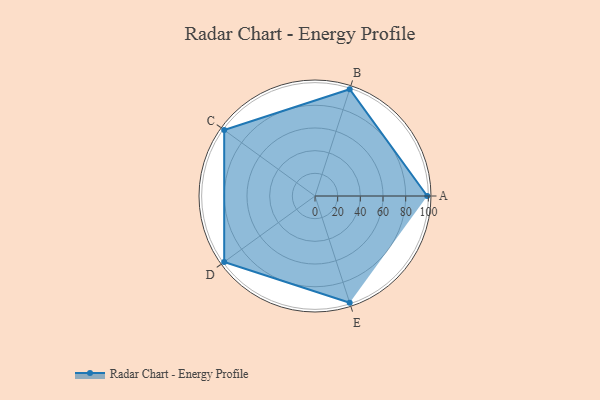
{"axis": {"x": "Skill", "y": "Score"}, "legend": ["Profile"], "data": [{"x": "A", "y": 99, "type": "Profile"}, {"x": "B", "y": 99, "type": "Profile"}, {"x": "C", "y": 99, "type": "Profile"}, {"x": "D", "y": 99, "type": "Profile"}, {"x": "E", "y": 99, "type": "Profile"}]}